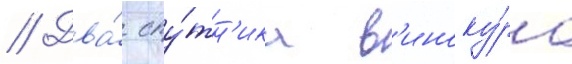
// Два́ спу́тн'ика в'иноку́ра